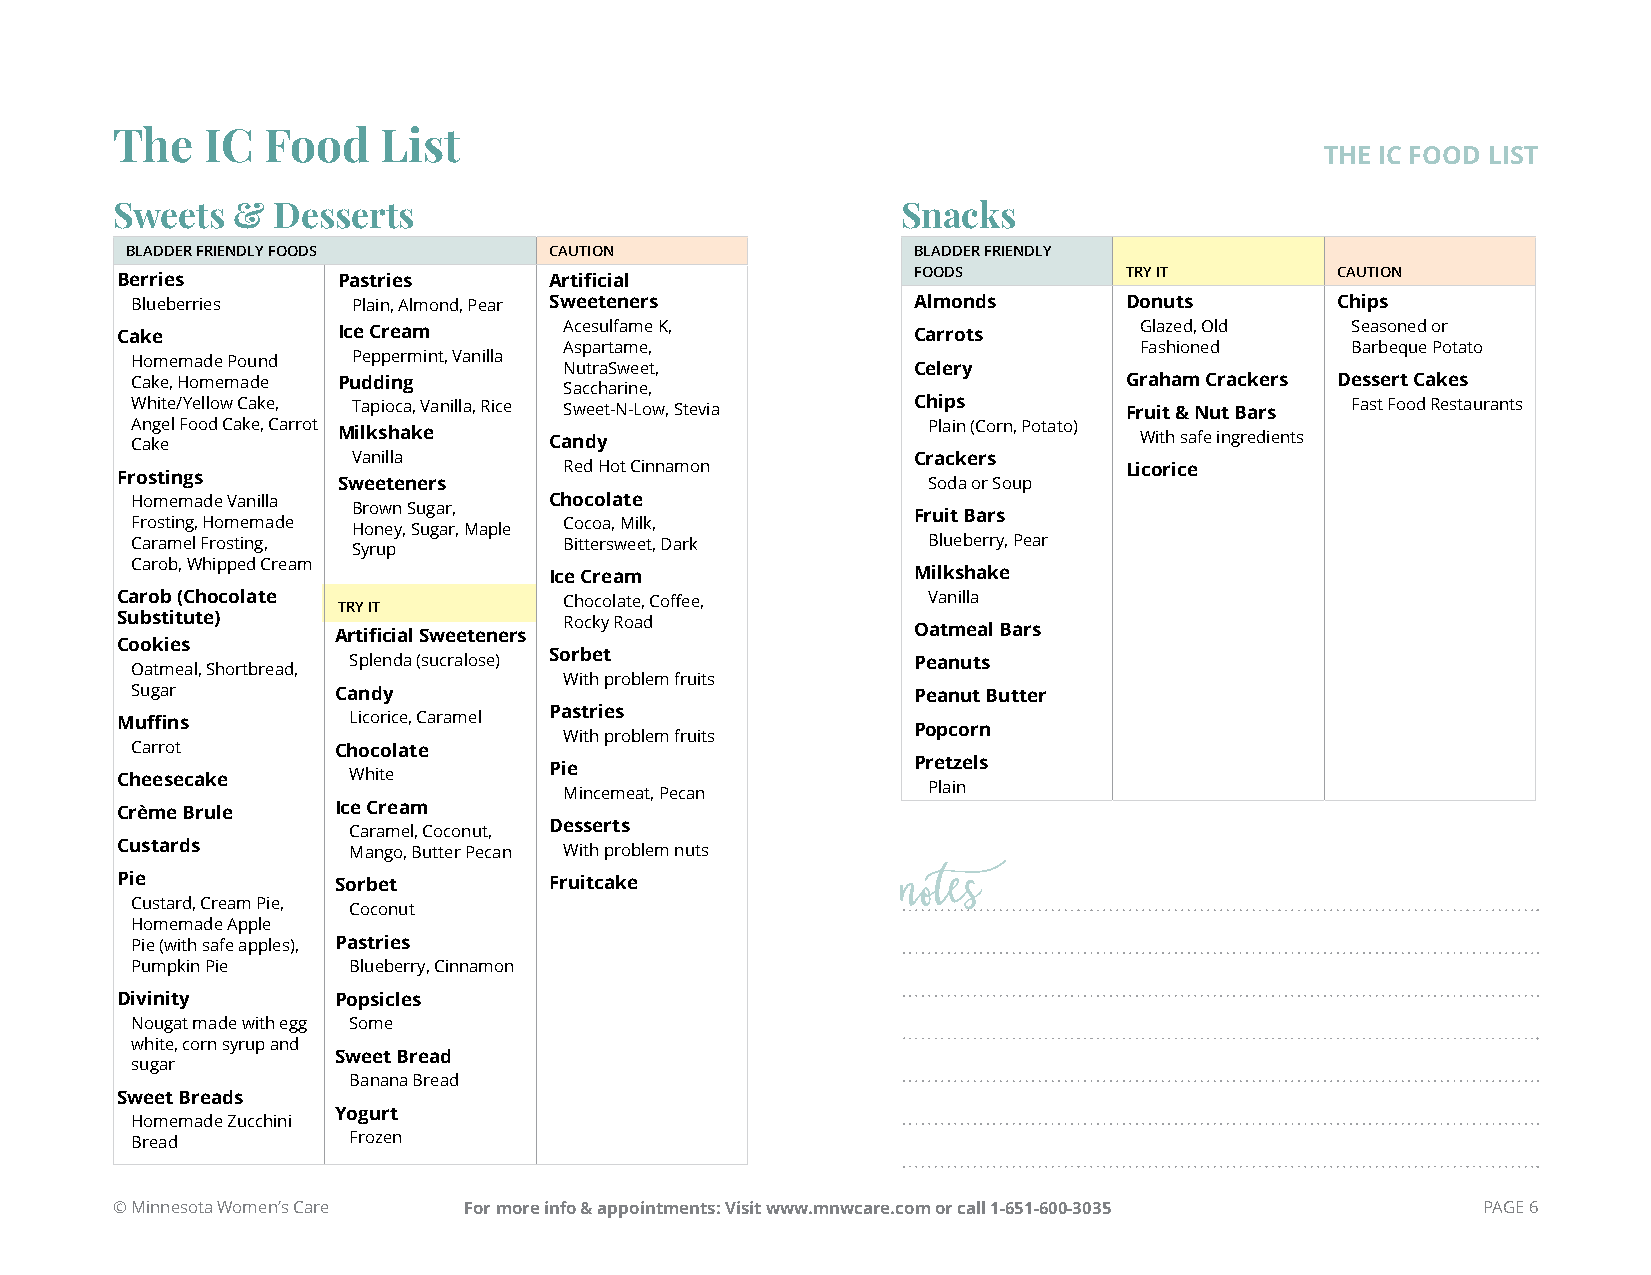
The    IC  Food   List
 THE IC FOOD LIST
 Sweets  &  Desserts                                  Snacks
 BLADDER FRIENDLY FOODS      CAUTION                 BLADDER FRIENDLY
 FOODS         TRY IT        CAUTION
 Berries       Pastries      Artificial
 Blueberries   Plain, Almond, Pear Sweeteners       Almonds       Donuts        Chips
 Cake          Ice Cream      Acesulfame K,          Carrots        Glazed, Old   Seasoned or
 Aspartame,                            Fashioned     Barbeque Potato
 Homemade Pound Peppermint, Vanilla
 NutraSweet,            Celery
 Cake, Homemade Pudding                                           Graham Crackers Dessert Cakes
 Saccharine,
 White/Yellow Cake, Tapioca, Vanilla, Rice Sweet-N-Low, Stevia Chips Fruit & Nut Bars Fast Food Restaurants
 Angel Food Cake, Carrot                             Plain (Corn, Potato)
 Cake         Milkshake     Candy                                  With safe ingredients
 Vanilla                              Crackers
 Red Hot Cinnamon                     Licorice
 Frostings     Sweeteners                             Soda or Soup
 Homemade Vanilla           Chocolate
 Brown Sugar,
 Fruit Bars
 Frosting, Homemade Honey, Sugar, Maple Cocoa, Milk,
 Caramel Frosting, Syrup     Bittersweet, Dark       Blueberry, Pear
 Carob, Whipped Cream
 Ice Cream               Milkshake
 Carob (Chocolate             Chocolate, Coffee,      Vanilla
 TRY IT
 Substitute)                  Rocky Road
 Oatmeal Bars
 Artificial Sweeteners
 Cookies
 Splenda (sucralose) Sorbet           Peanuts
 Oatmeal, Shortbread,
 With problem fruits
 Sugar        Candy                                 Peanut Butter
 Muffins        Licorice, Caramel Pastries
 Popcorn
 With problem fruits
 Carrot       Chocolate
 Pretzels
 Cheesecake     White        Pie
 Plain
 Mincemeat, Pecan
 Crème Brule   Ice Cream
 Caramel, Coconut, Desserts
 Custards       Mango, Butter Pecan With problem nuts
 Pie           Sorbet        Fruitcake
 Custard, Cream Pie, Coconut                        notes
 Homemade Apple
 Pie (with safe apples), Pastries
 Pumpkin Pie   Blueberry, Cinnamon
 Divinity      Popsicles
 Nougat made with egg Some
 white, corn syrup and
 Sweet Bread
 sugar
 Banana Bread
 Sweet Breads
 Yogurt
 Homemade Zucchini
 Bread         Frozen
 © Minnesota Women’s Care For more info & appointments: Visit www.mnwcare.com or call 1-651-600-3035 PAGE 6